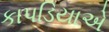
કાપડિયાએ